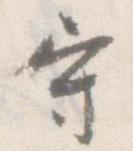
守